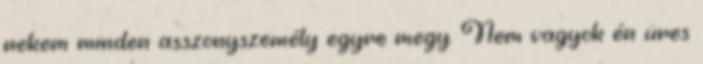
nekem minden asszonyszemély egyre megy. Nem vagyok én üres